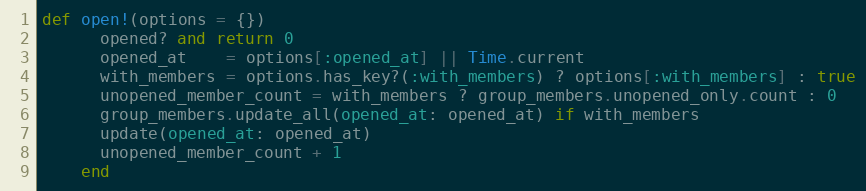
Language: Ruby
def open!(options = {})
      opened? and return 0
      opened_at    = options[:opened_at] || Time.current
      with_members = options.has_key?(:with_members) ? options[:with_members] : true
      unopened_member_count = with_members ? group_members.unopened_only.count : 0
      group_members.update_all(opened_at: opened_at) if with_members
      update(opened_at: opened_at)
      unopened_member_count + 1
    end